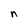
Character: n